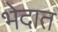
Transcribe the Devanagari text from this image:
भेदात